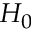
H _ { 0 }